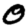
Digit: 0